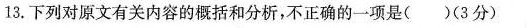
13.下列对原文有关内容的概括和分析，不正确的一项是( )(3分)